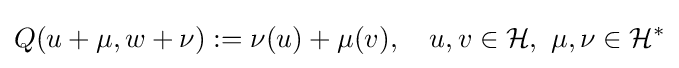
Q(u+\mu ,w+\nu ):=\nu (u)+\mu (v),\quad u,v\in {\mathcal {H}},\ \mu ,\nu \in {\mathcal {H}}^{*}